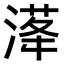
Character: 𣺛